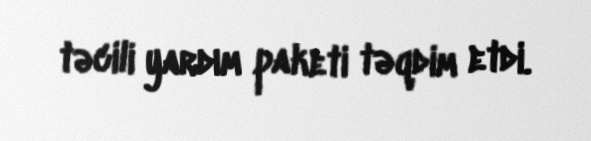
təcili yardım paketi təqdim etdi.